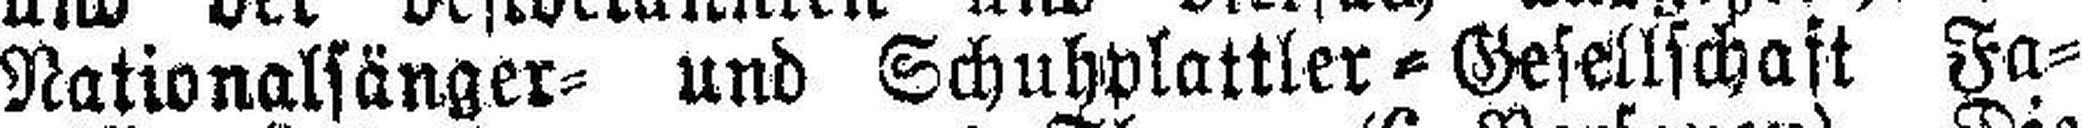
Nationalsänger= und Schuhplattler=Gesellschaft Fa¬